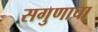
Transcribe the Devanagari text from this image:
सगुणाचा